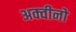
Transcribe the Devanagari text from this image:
अक्वीनो